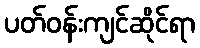
ပတ်ဝန်းကျင်ဆိုင်ရာ